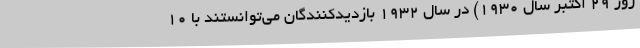
روز ۲۹ اکتبر سال ۱۹۳۰) در سال ۱۹۳۲ بازدیدکنندگان می‌توانستند با ۱۰